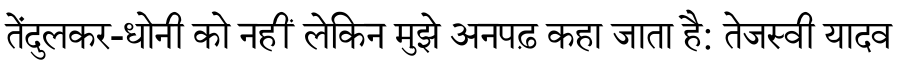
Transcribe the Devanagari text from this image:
तेंदुलकर-धोनी को नहीं लेकिन मुझे अनपढ़ कहा जाता है: तेजस्वी यादव